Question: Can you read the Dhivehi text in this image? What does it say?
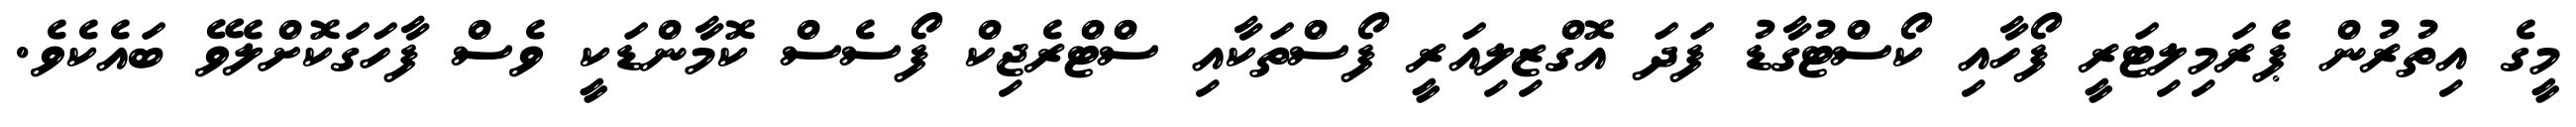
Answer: މީގެ އިތުރުން ޕެރަމިލިޓަރީ ފޯހާއި ކޯސްޓުގާޑު ފަދަ އޮގްޒިލިއަރީ ފޯސްތަކާއި ސްޓްރެޖިކް ފޯސެސް ކޮމާންޑަކީ ވެސް ފާހަގަކޮށްލެވޭ ބައެކެވެ.